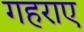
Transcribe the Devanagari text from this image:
गहराए